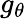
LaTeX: g_{\theta}